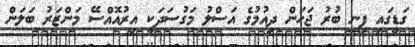
ގަޑީގައި ފިނި ބުރު ޖަހަން ދިއުމުގެ އަސްލު މަގުސަދަކީ އިރުއޮއްސޭ މަންޒަރު ބަލަން